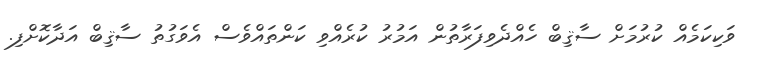
ވަކިކަމެއް ކުރުމަށް ސާޤިބް ހެއްދެވިފަރާތުން އަމުރު ކުރެއްވި ކަންތައްވެސް އެވަގުތު ސާޤިބް އަދާކޮށްފި.